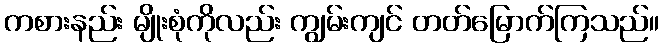
ကစားနည်း မျိုးစုံကိုလည်း ကျွမ်းကျင် တတ်မြောက်ကြသည်။